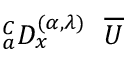
_ { a } ^ { C } D _ { x } ^ { ( \alpha , { \lambda } ) } ~ ~ \overline { { U } }